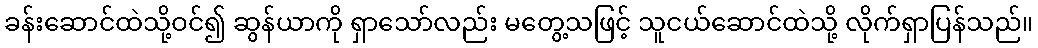
ခန်းဆောင်ထဲသို့ဝင်၍ ဆွန်ယာကို ရှာသော်လည်း မတွေ့သဖြင့် သူငယ်ဆောင်ထဲသို့ လိုက်ရှာပြန်သည်။